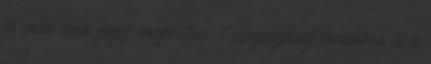
te soha nem fogsz megérteni. Ragaszkodj továbbra is a